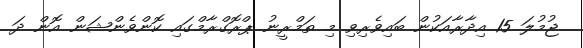
ޖުމުލަ 15 އިދާރާއަކުން ބައިވެރިވި މި ތަމްރީނު ޕްރޮގްރާމްގައި ކޮންވެންޝަން އޮން ދަ